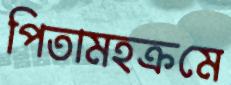
পিতামহক্রমে